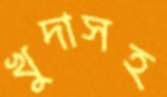
খুদাসহ